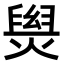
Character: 𤌑